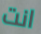
انت